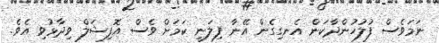
ނަމަވެސް ފުލުހުންދާކަން އެނގިގެން އޭނާ ފިލަނީ ކަމަށް ވެސް އޮފިޝަލް ވިދާޅުވި އެވެ.